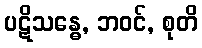
ပဋိသန္ဓေ, ဘဝင်, စုတိ